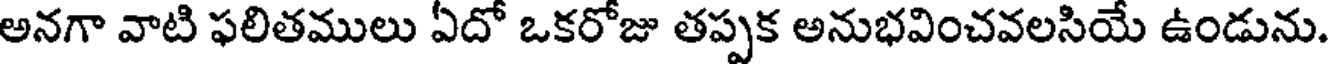
అనగా వాటి ఫలితములు ఏదో ఒకరోజు తప్పక అనుభవించవలసియే ఉండును.